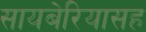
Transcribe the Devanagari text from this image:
सायबेरियासह